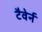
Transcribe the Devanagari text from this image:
टैवेर्न